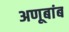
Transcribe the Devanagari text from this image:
अणूबांब